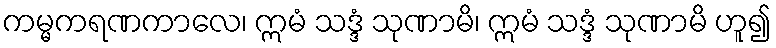
ကမ္မကရဏကာလေ၊ ဣမံ သဒ္ဒံ သုဏာမိ၊ ဣမံ သဒ္ဒံ သုဏာမိ ဟူ၍